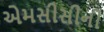
એમસીસીની